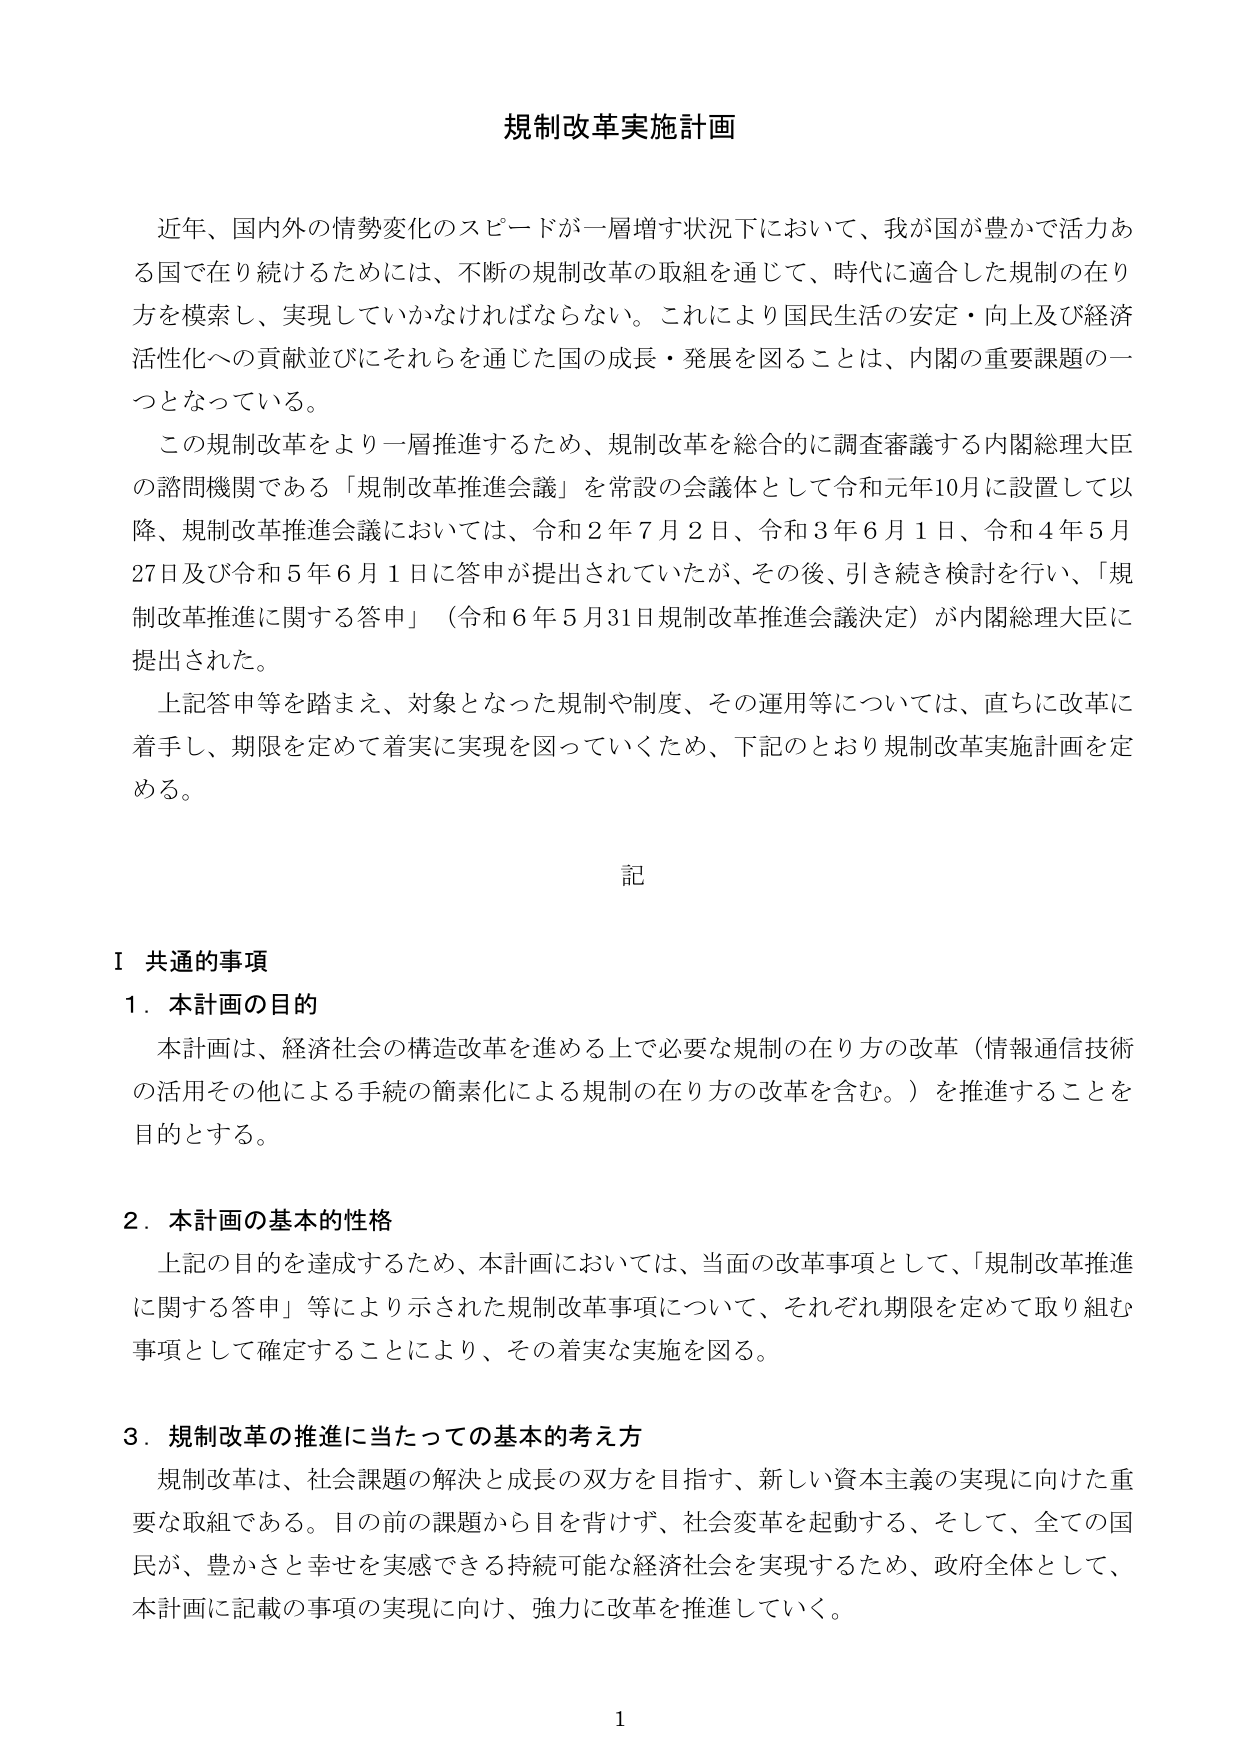
規制改革実施計画

近年、国内外の情勢変化のスピードが一層増す状況下において、我が国が豊かで活力ある国で在り続けるためには、不断の規制改革の取組を通じて、時代に適合した規制の在り方を模索し、実現していかなければならない。これにより国民生活の安定・向上及び経済活性化への貢献並びにそれらを通じた国の成長・発展を図ることは、内閣の重要課題の一つとなっている。

この規制改革をより一層推進するため、規制改革を総合的に調査審議する内閣総理大臣の諮問機関である「規制改革推進会議」を常設の会議体として令和元年10月に設置して以降、規制改革推進会議においては、令和2年7月2日、令和3年6月1日、令和4年5月27日及び令和5年6月1日に答申が提出されていたが、その後、引き続き検討を行い、「規制改革推進に関する答申」（令和6年5月31日規制改革推進会議決定）が内閣総理大臣に提出された。

上記答申等を踏まえ、対象となった規制や制度、その運用等については、直ちに改革に着手し、期限を定めて着実に実現を図っていくため、下記のとおり規制改革実施計画を定める。

記

Ⅰ 共通的事項

１．本計画の目的

本計画は、経済社会の構造改革を進める上で必要な規制の在り方の改革（情報通信技術の活用その他による手続の簡素化による規制の在り方の改革を含む。）を推進することを目的とする。

２．本計画の基本的性格

上記の目的を達成するため、本計画においては、当面の改革事項として、「規制改革推進に関する答申」等により示された規制改革事項について、それぞれ期限を定めて取り組む事項として確定することにより、その着実な実施を図る。

３．規制改革の推進に当たっての基本的考え方

規制改革は、社会課題の解決と成長の双方を目指す、新しい資本主義の実現に向けた重要な取組である。目の前の課題から目を背けず、社会変革を起動する、そして、全ての国民が、豊かさと幸せを実感できる持続可能な経済社会を実現するため、政府全体として、本計画に記載の事項の実現に向け、強力に改革を推進していく。

1